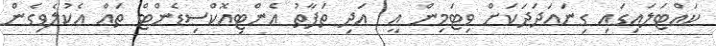
ކައްޓަލައިގައި ގިނައަދަދަކަށް ވިޓަމިން އީ  އަދި ތަފާތު އެންޓިއޮކްސިޑެންޓް ތައް އެކުލެވިގެން